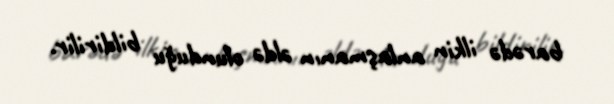
barədə ilkin anlaşmanın əldə olunduğu bildirilir.